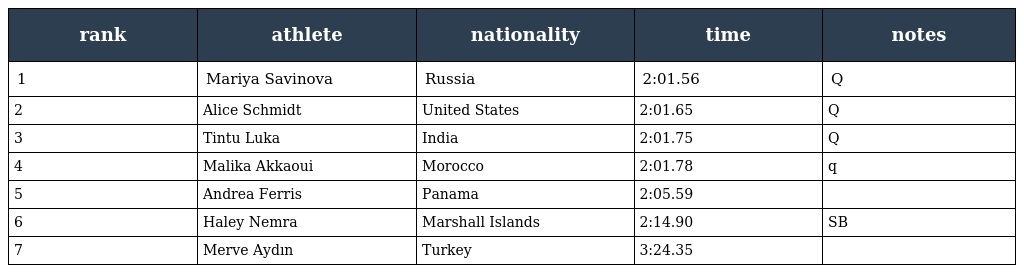
| rank | athlete | nationality | time | notes |
 | --- | --- | --- | --- | --- |
 | 1 | Mariya Savinova | Russia | 2:01.56 | Q |
 | 2 | Alice Schmidt | United States | 2:01.65 | Q |
 | 3 | Tintu Luka | India | 2:01.75 | Q |
 | 4 | Malika Akkaoui | Morocco | 2:01.78 | q |
 | 5 | Andrea Ferris | Panama | 2:05.59 |  |
 | 6 | Haley Nemra | Marshall Islands | 2:14.90 | SB |
 | 7 | Merve Aydın | Turkey | 3:24.35 |  |